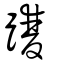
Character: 𨇯